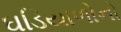
ઘડિયાળોનો